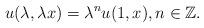
LaTeX: \begin{align*}u(\lambda,\lambda x) = \lambda^{n} u(1,x),n\in \mathbb{Z}.\end{align*}